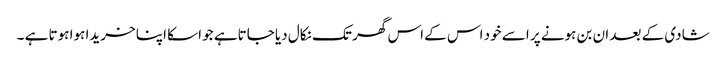
شادی کے بعد ان بن ہونے پر اسے خود اس کے اس گھر تک نکال دیا جاتاہے جو اسکا اپنا خریدا ہوا ہوتا ہے ۔